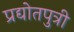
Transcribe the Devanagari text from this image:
प्रद्योतपुत्री